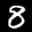
Label: 8